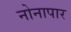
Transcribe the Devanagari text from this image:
नोनापार